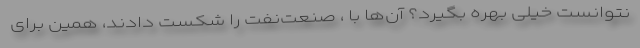
نتوانست خیلی بهره بگیرد؟ آن‌ها با ، صنعت‌نفت را شکست دادند، همین برای